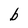
Character: b